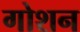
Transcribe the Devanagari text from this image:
गोशन